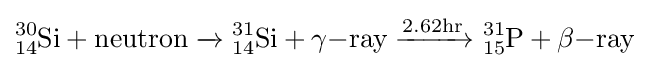
{\ce {_14^{30}Si}}+\mathrm {neutron} \xrightarrow {} {\ce {_14^{31}Si}}+\gamma \mathrm {-ray} \xrightarrow {2.62\mathrm {hr} } {\ce {_15^{31}P}}+\beta \mathrm {-ray}